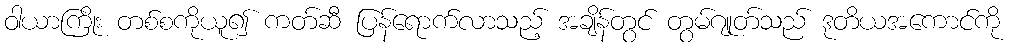
ဝါယာကြိုး တစ်စကိုယူ၍ ကတ်ဆီ ပြန်ရောက်လာသည့် အချိန်တွင် တွမ်ဂျုတ်သည် ဒုတိယအကောင်ကို